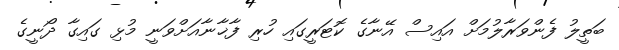
ބަތީލު ފެންވަރާލުމަށް އައިސް އޭނާގެ ކޮޓަރީގައި ހުރި ފާޚާނާއަށްވަނީ މުޅި ގައިގާ ދޯނީގެ